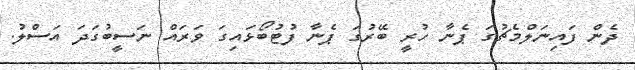
ދެން ފައިނަލްމެޗުގަ ޕެނާ ހުރީ ބޭރުގަ ޕެނާ ފުޓުބޯޅައިގަ ވަރައް ނަސީބުގަދަ އަސްލު.